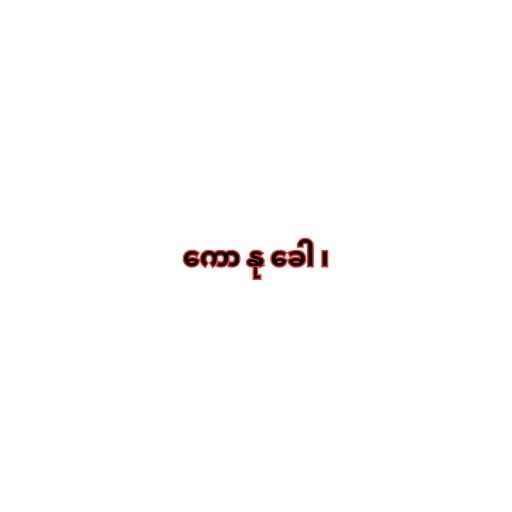
ကော နု ခေါ ၊